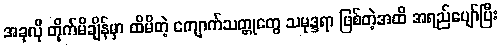
အခုလို တိုက်မိချိန်မှာ ထိမိတဲ့ ကျောက်သတ္တုတွေ သမုဒ္ဒရာ ဖြစ်တဲ့အထိ အရည်ပျော်ပြီး